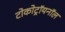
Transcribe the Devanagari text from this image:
टोकोट्रॉयनॉल